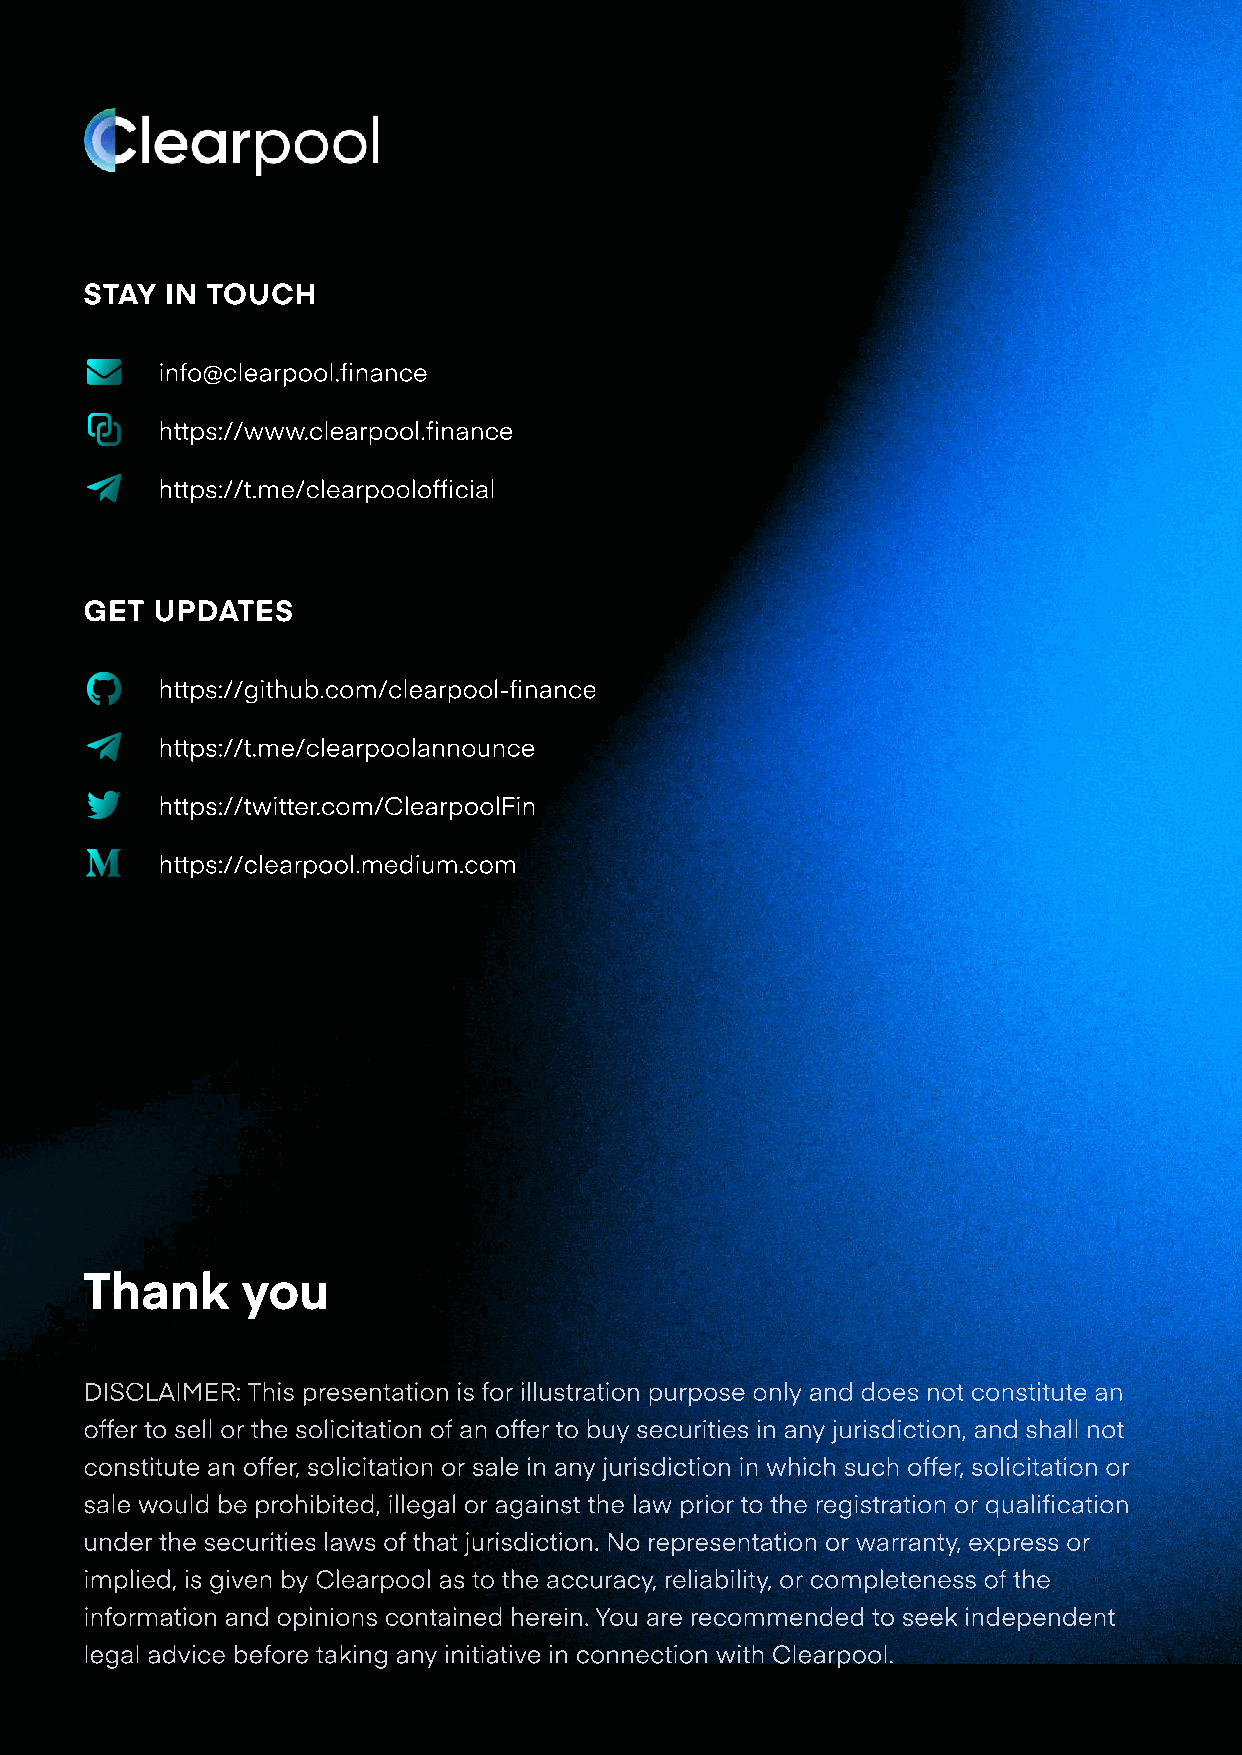
stay in touch
 info@clearpool.finance
 https://www.clearpool.finance
 https://t.me/clearpoolofficial
 get updates
 https://github.com/clearpool-finance
 https://t.me/clearpoolannounce
 https://twitter.com/ClearpoolFin
 https://clearpool.medium.com
 Thank     you
 DISCLAIMER: This presentation is for illustration purpose only and does not constitute an
 offer to sell or the solicitation of an offer to buy securities in any jurisdiction, and shall not
 constitute an offer, solicitation or sale in any jurisdiction in which such offer, solicitation or
 sale would be prohibited, illegal or against the law prior to the registration or qualification
 under the securities laws of that jurisdiction. No representation or warranty, express or
 implied, is given by Clearpool as to the accuracy, reliability, or completeness of the
 information and opinions contained herein. You are recommended to seek independent
 legal advice before taking any initiative in connection with Clearpool.